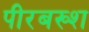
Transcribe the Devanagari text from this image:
पीरबख्श